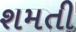
શમતી